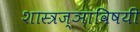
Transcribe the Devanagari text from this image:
शास्त्रज्ञाविषयी